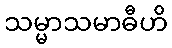
သမ္မာသမာဓီဟိ